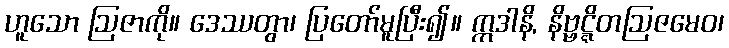
ဟူသော ဩဇာကို။ ဒေဿတွာ၊ ပြတော်မူပြီး၍။ ဣဒါနိ, နိဗ္ဗဋ္ဋိတဩဇမေဝ၊